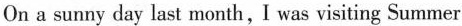
On a sunny day last month, I was visiting Summer